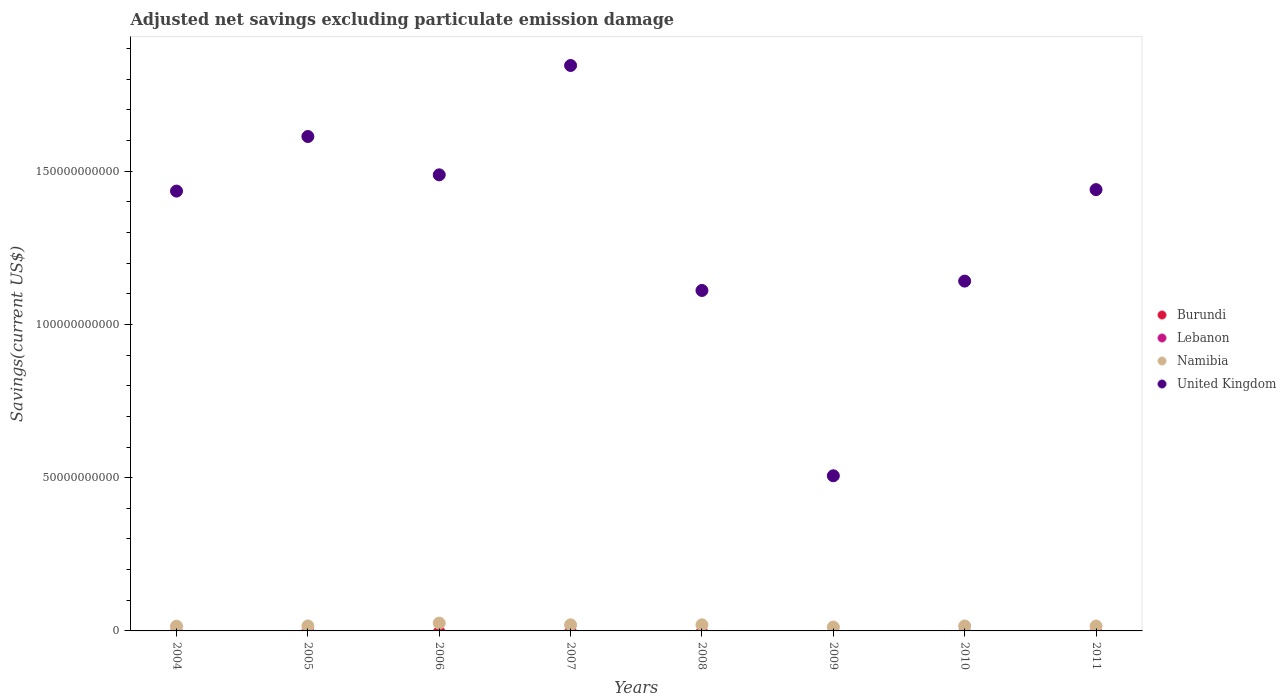
| Years | Burundi | Lebanon | Namibia | United Kingdom |
 | --- | --- | --- | --- | --- |
 | 2004 | -3.53e+08 | -1.22e+09 | 1.54e+09 | 1.44e+11 |
 | 2005 | -2.71e+08 | -1.32e+09 | 1.62e+09 | 1.61e+11 |
 | 2006 | -4.79e+08 | -1.97e+09 | 2.55e+09 | 1.49e+11 |
 | 2007 | -3.92e+08 | -9.74e+08 | 1.99e+09 | 1.85e+11 |
 | 2008 | -5.27e+08 | -2.78e+09 | 1.99e+09 | 1.11e+11 |
 | 2009 | -6.78e+08 | -2.96e+09 | 1.26e+09 | 5.06e+10 |
 | 2010 | -5.23e+08 | -3.9e+09 | 1.61e+09 | 1.14e+11 |
 | 2011 | -5.25e+08 | -4.11e+09 | 1.59e+09 | 1.44e+11 |